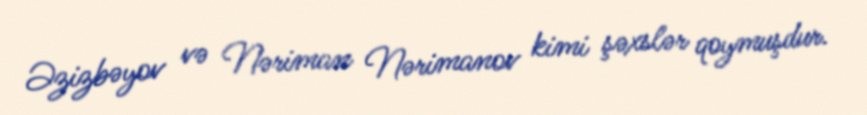
Əzizbəyov və Nəriman Nərimanov kimi şəxslər qoymuşdur.